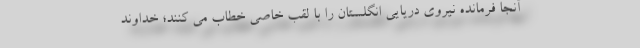
آنجا فرمانده نیروی دریایی انگلستان را با لقب خاصی خطاب می کنند؛ خداوند